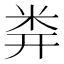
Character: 𥸶